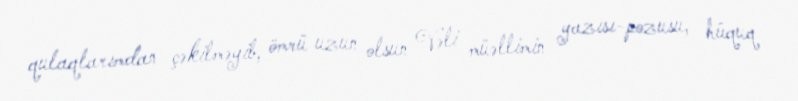
qulaqlarımdan çəkilməyib, ömrü uzun olsun Vəli müəllimin yazısı-pozusu, hüquq